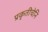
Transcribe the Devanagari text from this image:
प्रकृतीचेनि